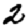
Digit: 2